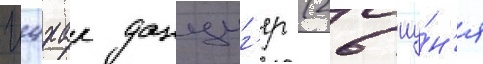
Ицхак данциг'ер (26 иу́н'я